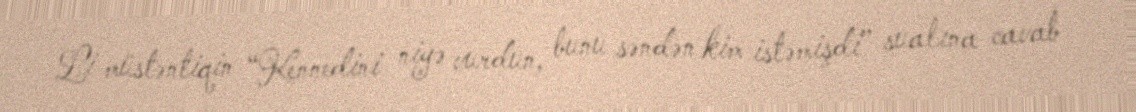
Li müstəntiqin “Kennedini niyə vurdun, bunu səndən kim istəmişdi” sualına cavab